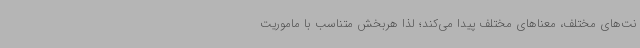
نت‌های مختلف، معناهای مختلف پیدا می‌کند؛ لذا هربخش متناسب با ماموریت